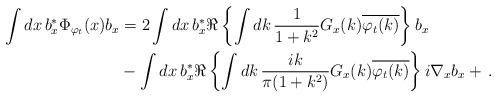
LaTeX: \begin{align*}\int dx \, b_x^* \Phi_{\varphi_t}(x) b_x&= 2 \int dx \, b_x^* \Re \left\{ \int dk \, \frac{1}{1 + k^2} G_x(k) \overline{\varphi_t(k)} \right\} b_x \\&-\int dx \, b_x^* \Re \left\{ \int dk \, \frac{i k}{\pi (1 + k^2)} G_x(k) \overline{\varphi_t(k)} \right\} i \nabla_x b_x + \, .\end{align*}